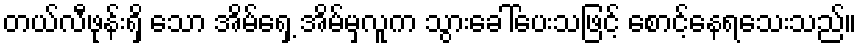
တယ်လီဖုန်းရှိ သော အိမ်ရှေ့ အိမ်မှလူက သွားခေါ်ပေးသဖြင့် စောင့်နေရသေးသည်။